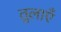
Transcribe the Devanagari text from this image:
तुलाएँ